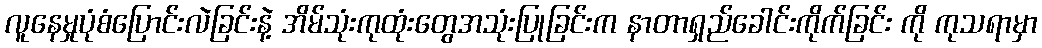
လူနေမှုပုံစံပြောင်းလဲခြင်းနဲ့ အိမ်သုံးကုထုံးတွေအသုံးပြုခြင်းက နာတာရှည်ခေါင်းကိုက်ခြင်း ကို ကုသရာမှာ